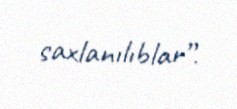
saxlanılıblar”.